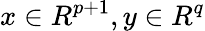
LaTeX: x\in R^{p+1},y\in R^{q}